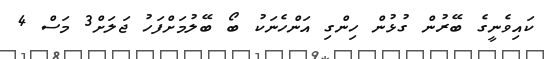
ކައިވެނީގެ ބޭރުން ގުޅުން ހިންގި އަންހެނަކު ބޯ ބޭލުމަށްފަހު ޖަލަށް3 މަސް 4